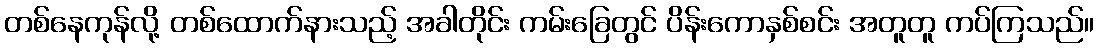
တစ်နေကုန်လို့ တစ်ထောက်နားသည့် အခါတိုင်း ကမ်းခြေတွင် ပိန်းကောနှစ်စင်း အတူတူ ကပ်ကြသည်။